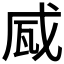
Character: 𤬹